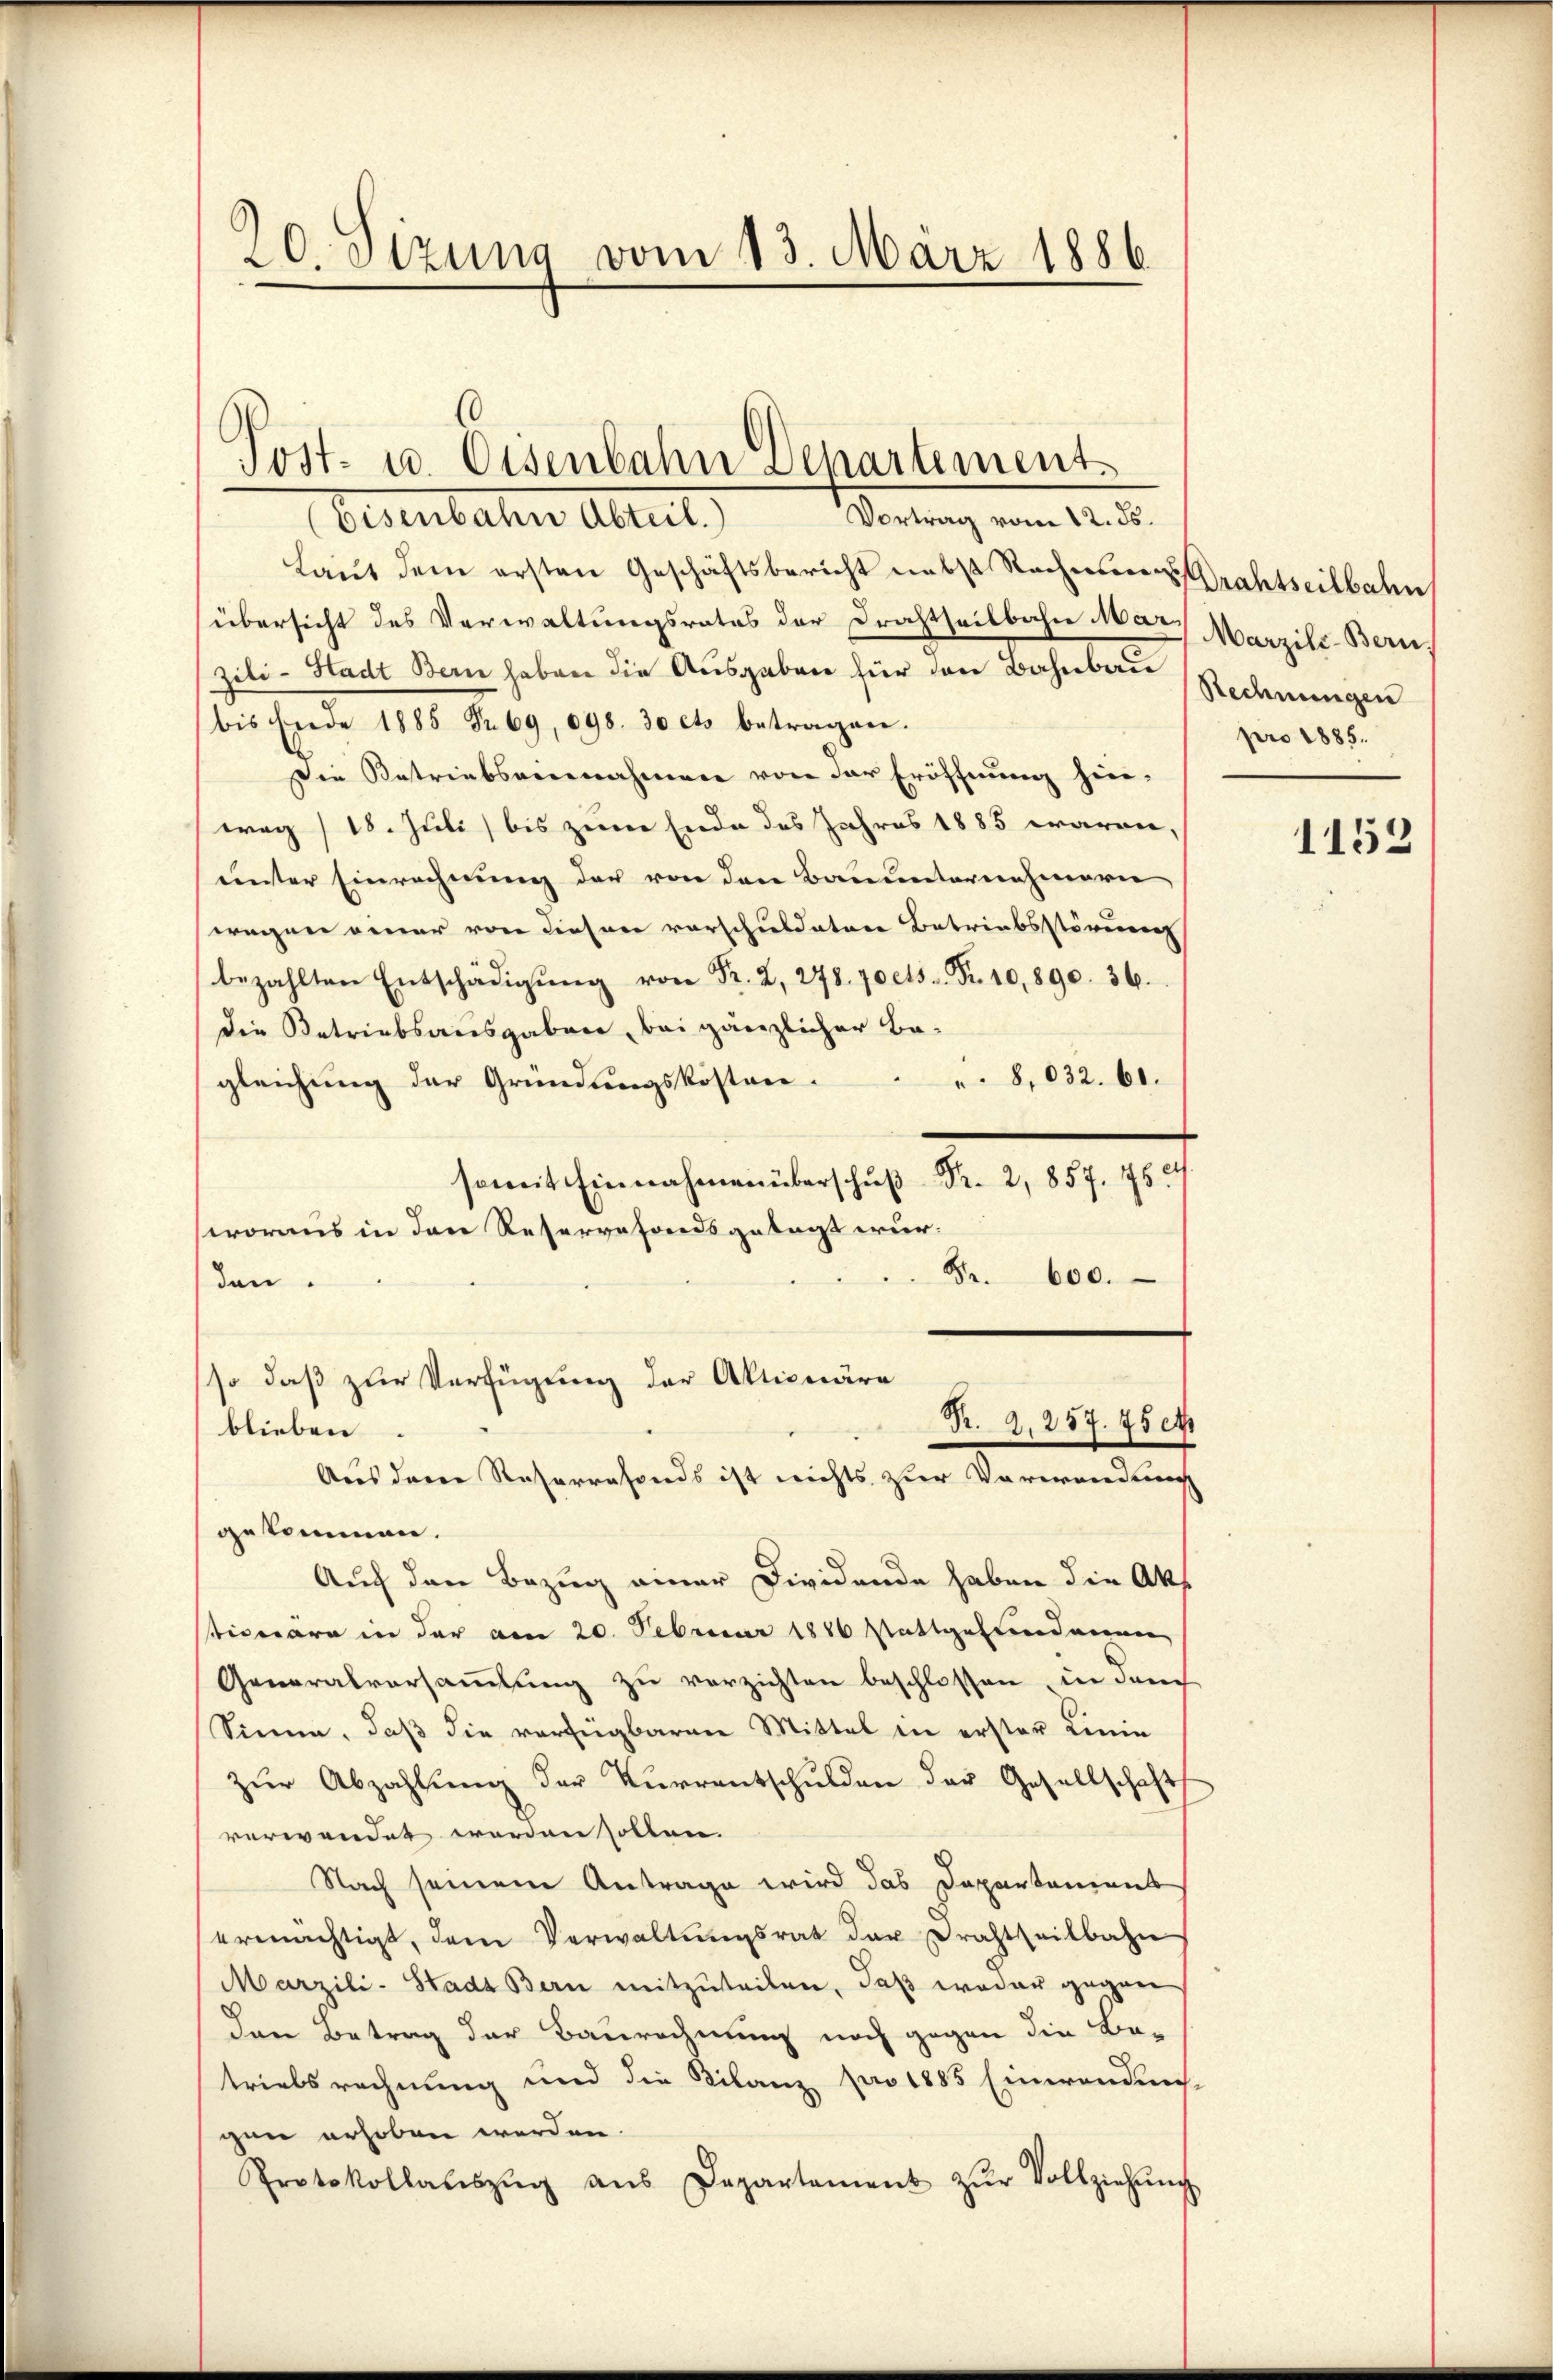
20. Sezung vom 13. März 1886

Wertung vom 12. d.
Eisenbahn Alut
Laŭt dem ersten Geschäftsbericht nebst Rechnerrahtseitbahn
übersicht des Verwaltungsrates der Drahtheilbahn Mar. Marzile-Bern,
zili-Stadt Bern haben die Ausgaben für den Bahnbare Redenungen
bis Ende 1885 Nr. 69, 698. 30 cts betragen.
Die Betriebseeenahmen von der Eröffnung hin-
wag/18. Juli bis zum Ende des Jahres 1885 waren,
unter Einrechnung der von den Bauunternehmern
wegen einer von dieser vorschuldatere Betriebsstörung
bezahlten Entschädigŭng von Fr. 2, 278. 70 cts. Fr. 10,890. 36.
die Betriebsausgaben, bei gänzlicher Be-
8,032. 61.
gleichung der Gründungskosten.
soweit Einnahmen überschuß Fr. 2, 857. 76
woraus in den Reservefonds getagt wur¬
8. 600.
den.
so daß zur Verfügung der Aktionäre
R. 2. 257. 75 e
blieben
Aus dem Reserrafonds ist nichts zur Verwendung
gekommen.
Auf den Bezug einer Dividende haben die Akt
tionäre in der am 20. Februar 1886 stattgefundenen
Generalversammlung zu verzichten beschlossen, in durch
Sinne, daβ die verfügbaren Mittel in erster Linie
zŭr Abzahlŭng der Kurrentschulden der Gesellschaft
verwendet worden sollen.
Nach seinem Antrage wird das Departement
ermächtigt, dem Verwaltŭngsrat der Drahtheilbahn
Marzili-Stadt Bern mitzŭteilen, daß weder gegene
den Betrag der Baurechnung noch gegen die Be-
triebsrechnung und die Filanz pro 1885 Einwandens-
gen erhoben werden.
Protokollatszŭg aŭs Departement zŭr Vollziehŭng

Post- u. Eisenbahn Departement

pro 1885.

1152